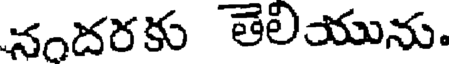
నందరకు తెలియును.